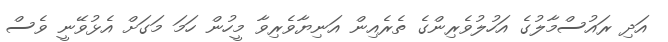
އަދި ރައުސްމާލުގެ އަހުލުވެރިންގެ ތެރެއިން އަނިޔާވެރިވާ މީހުން ހަމަ މަގަށް އެޅުވޭނީ ވެސް